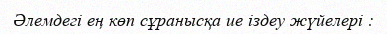
Әлемдегі ең көп сұранысқа ие іздеу жүйелері :